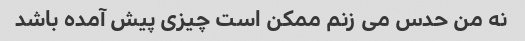
نه من حدس می زنم ممکن است چیزی پیش آمده باشد